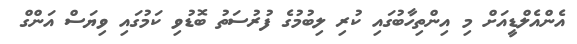
އެންއެލްޑީއަށް މި އިންތިހާބުގައި ކުރި ލިބުމުގެ ފުރުސަތު ބޮޑުވި ކަމުގައި ވިޔަސް އަންގް